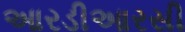
આરડીઆરસી